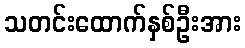
သတင်းထောက်နှစ်ဦးအား